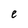
Character: e